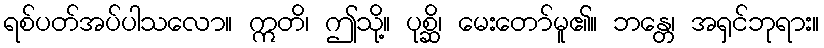
ရစ်ပတ်အပ်ပါသလော။ ဣတိ၊ ဤသို့။ ပုစ္ဆိ၊ မေးတော်မူ၏။ ဘန္တေ၊ အရှင်ဘုရား။